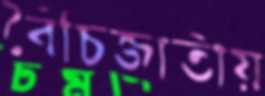
বৈঁচিজাতীয়